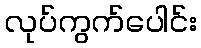
လုပ်ကွက်ပေါင်း